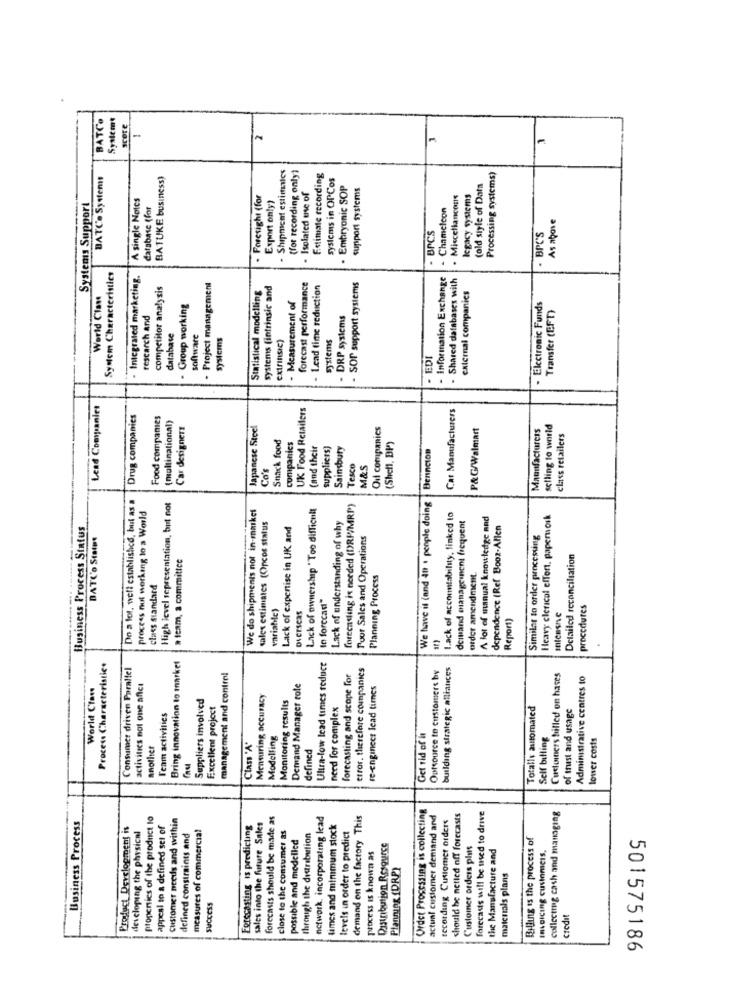
BATCO
System
score
2
-
Shipment estimates
BATCe Systems
BATUKE business)
(for recording only)
Estimate recording
systems in OPCos
Processing systems)
Isolated use of
Embryonic SOP
support systems
(old style of Data
Systems Support
A single Notes
Foresight (for
Export only?
Miscellancons
legacy systems
database (for
Chameleon
As above
BPCS
- BPC'S
System Characteristics
Integrated marketing.
- Information Exchange
Shared databases with
competitor analysis
- Project management
Statistical modelling
systems (intrinsic and
forecast performance
Lead time reduction
- SOP support systems
World Clant
external companies
- Group working
- Measurement of
Electronic Funds
Transfer (EFT)
research and
DRP systems
database
software
systems
extrinsic)
systems
EDI
Lead Companies
UK Food Retailers
Car Manufacturers
Drug companies
Food companies
(multinational)
Car designers
Japanese Steel
Oil companies
P&G/Walmart
Manufacturers
selling to world
Snack food
class retailers
Companies
(and their
suppliess)
Sainsbury
(Shell, DP)
Denncion
Co's
Tesco
M&S
Do a lot, well established, but as a
We have if (nnd 411 . people doing
High level sepresentation, but not
Lack of ownership " Too difficult
forecasting is needed (DRP/MRP)
process nut working to a World
We do shipments not in-maikel
Lack of understanding of why
Lack of accountability, linked to
deinand management frequent
A lot of manual knowledge and
Heavy clerical effort, paperwork
Business Process Status
sales estimates (Opcos status
Lack of expertise in UK and
dependence (Ref Booz-Allen
DATCo States
Pour Sales and Operations
Similar to order processing
a team, a committee
Detailed reconciliation
Planning Process
order amendment.
class standard
In forccad"
variable)
overseas
procedures
Report)
=
Bring innovation to market
Process Characteristic
Consumer driven Parallel
Ultra-low lead times reduce
error. therefore companies
Outsource to customers by
building strategic alliances
management and contre!
forecasting and scope for
Customers billed on hases
Administrative centres to
World Clans
activities not one after
Demand Manager role
re-engineer lead times
Suppliers involved
Mensuring aCCHIFACY
Monitoring results
Excellent project
need for complex
Totally automated
of trust and usage
Team activities
Modelling
Get rid of it
Self billing
lower costs
another
Class "A"
defined
properties of the product to
Customer needs and within
forecasts should be made as
network, incorporating lead
demand on the factory This
Ordet Processing is collecting
actual customer demand and
tecording Customer orders
should be netled off forecasts
forccads will be med to drive
collecting cash and managing
Business Process
Product Development is
appesi to a defined set of
measures of commercial
Forecasting is predicting
sales into the future Sales
times and minimum stock
levels in order to predict
developing the physical
defined constraints and
close to the consumer as
possible and modelled
through the distribution
Billing is the process of
Distribution Resource
Customer orders plats
the Manufacture and
process is known as
IHADICIng customcis,
Planung (DRP)
materials plans
SUCCESS
credit
501575186